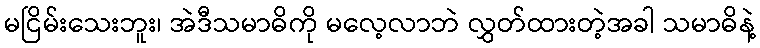
မငြိမ်းသေးဘူး၊ အဲဒီသမာဓိကို မလေ့လာဘဲ လွှတ်ထားတဲ့အခါ သမာဓိနဲ့